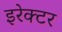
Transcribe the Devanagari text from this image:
इरेक्टर